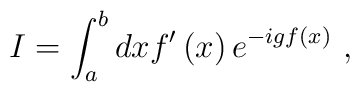
I=\int^b_adxf^\prime\left( x\right) e^{-igf\left( x\right)}\ ,